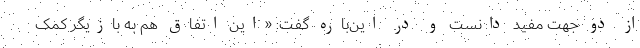
از دو جهت مفید دانست و در این‌باره گفت: «این اتفاق هم به بازیگر کمک